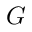
G